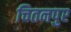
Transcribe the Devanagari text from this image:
चितनपुर